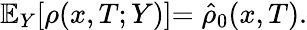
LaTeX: \mathbb{E}_{Y}[\rho(x,T;Y)]{=\hat{\rho}_{0}(x,T)}.